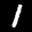
Label: 1